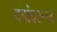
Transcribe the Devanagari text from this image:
वडांवरून